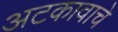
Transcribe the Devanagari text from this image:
अटकावाचे